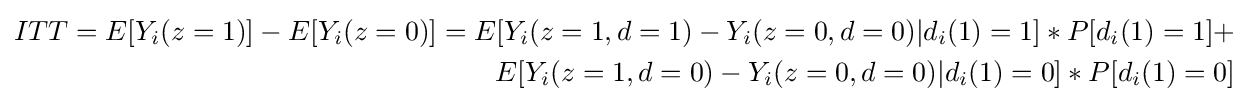
{\begin{alignedat}{2}ITT=E[Y_{i}(z=1)]-E[Y_{i}(z=0)]=E[Y_{i}(z=1,d=1)-Y_{i}(z=0,d=0)|d_{i}(1)=1]*P[d_{i}(1)=1]+&\\E[Y_{i}(z=1,d=0)-Y_{i}(z=0,d=0)|d_{i}(1)=0]*P[d_{i}(1)=0]\end{alignedat}}